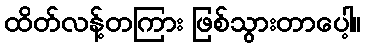
ထိတ်လန့်တကြား ဖြစ်သွားတာပေါ့။